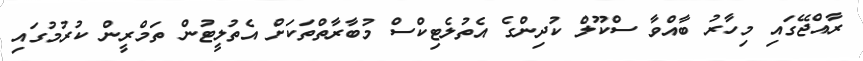
ރާއްޖޭގައި މިހާރު ބާއްވާ ސްކޫލް ކުދިންގެ އެތުލެޓިކްސް މުބާރާތްތަކަށް އެތުލީޓުން ތަމްރީން ކުރުމުގައި